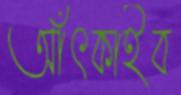
আঁৎকাইব